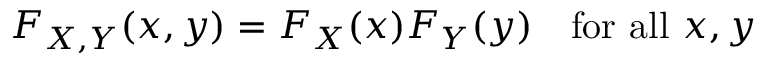
F _ { X , Y } ( x , y ) = F _ { X } ( x ) F _ { Y } ( y ) \quad { \mathrm { f o r ~ a l l ~ } } x , y